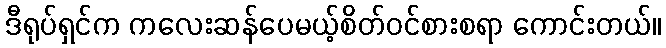
ဒီရုပ်ရှင်က ကလေးဆန်ပေမယ့်စိတ်ဝင်စားစရာ ကောင်းတယ်။